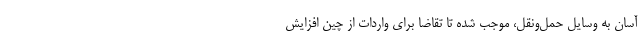
آسان به وسایل حمل‌ونقل، موجب شده تا تقاضا برای واردات از چین افزایش